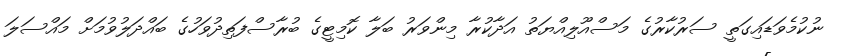
ނުކުމެވަޑައިގަތީ ސަރުކާރުގެ މަސްއޫލިއްޔަތު އަދާކުރާ މިންވަރު ބަލާ ކޮމިޓީގެ ބުރާސްފަތިދުވަހުގެ ބައްދަލުވުމަށް މައްސަލަ